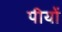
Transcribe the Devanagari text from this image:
पीयों